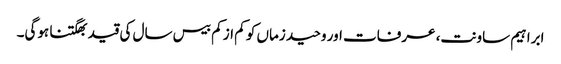
ابراہیم ساونت، عرفات اور وحید زماں کو کم از کم بیس سال کی قید بھگتنا ہوگی۔